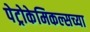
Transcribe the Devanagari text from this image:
पेट्रोकेमिकल्सच्या